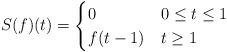
LaTeX: \begin{align*}S(f)(t) &=\begin{cases}0 & 0\leq t \leq 1 \\f(t-1) & t\geq 1\end{cases}\end{align*}